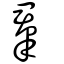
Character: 羣